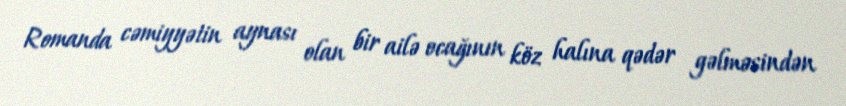
Romanda cəmiyyətin aynası olan bir ailə ocağının köz halına qədər gəlməsindən